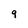
Character: 9